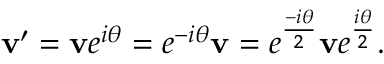
\mathbf { v } ^ { \prime } = \mathbf { v } e ^ { i \theta } = e ^ { - i \theta } \mathbf { v } = e ^ { \frac { - i \theta } { 2 } } \mathbf { v } e ^ { \frac { i \theta } { 2 } } .